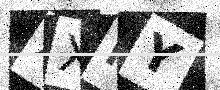
Text: XXHY